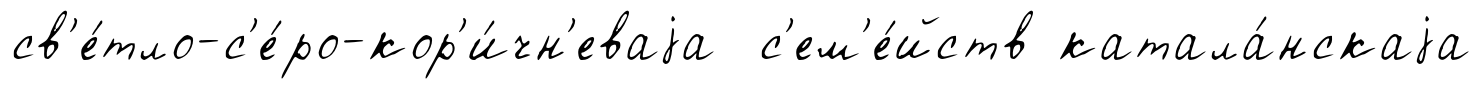
св'е́тло-с'е́ро-кор'и́чн'еваjа с'ем'е́йств катала́нскаjа